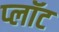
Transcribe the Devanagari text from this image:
प्‍लॉट